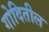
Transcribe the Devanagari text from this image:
गोदितील